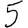
Digit: 5